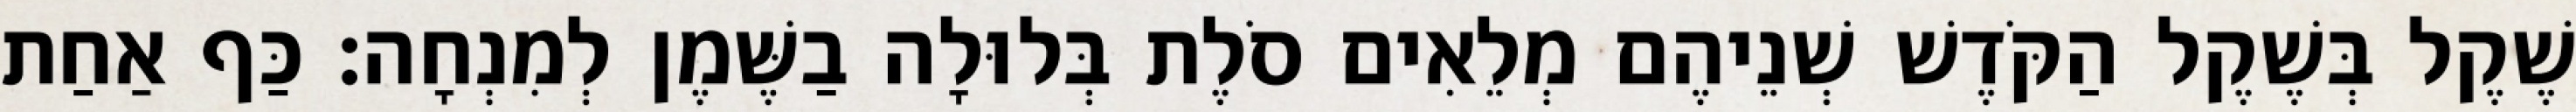
שֶׁקֶל בְּשֶׁקֶל הַקֹּדֶשׁ שְׁנֵיהֶם מְלֵאִים סֹלֶת בְּלוּלָה בַשֶּׁמֶן לְמִנְחָה׃ כַּף אַחַת